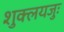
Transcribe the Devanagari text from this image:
शुक्लयजुः